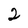
Character: 2